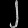
Digit: ၂